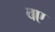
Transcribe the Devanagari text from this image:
वए